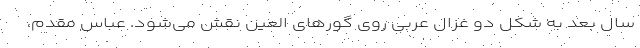
سال بعد به شکل دو غزال عربی روی گورهای العین نقش می‌شود. عباس مقدم،